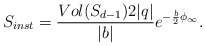
\begin{align*}S_{inst}={Vol(S_{d-1}) 2 |q|\over |b|}e^{-{\frac{b}{2}}\phi _{\infty }}. \end{align*}